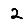
Digit: 2